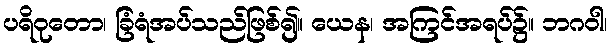
ပရိဝုတော၊ ခြံရံအပ်သည်ဖြစ်၍။ ယေန၊ အကြင်အရပ်၌။ ဘဂဝါ၊